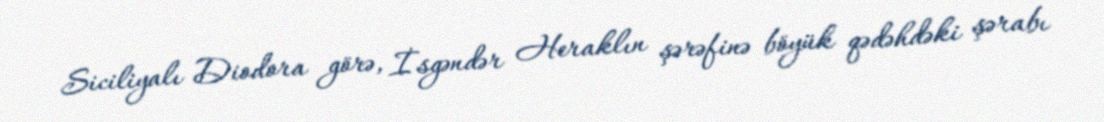
Siciliyalı Diodora görə, İsgəndər Heraklın şərəfinə böyük qədəhdəki şərabı